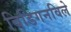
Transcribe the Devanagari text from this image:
बिडिगनविले